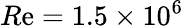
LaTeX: R\mathrm{e}=1.5\times10^{6}